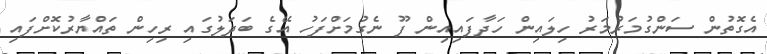
އެގޮތުން ސަންގުމަރުމަރު ހިލައިން ހަދާފައިއިން ފޫ ނެގުމަށްފަހު އޭގެ ބަދަލުގައި ރިހިން ތައްޔާރުކޮށްފައި